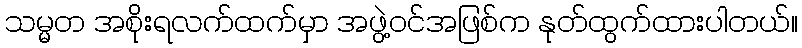
သမ္မတ အစိုးရလက်ထက်မှာ အဖွဲ့ဝင်အဖြစ်က နုတ်ထွက်ထားပါတယ်။